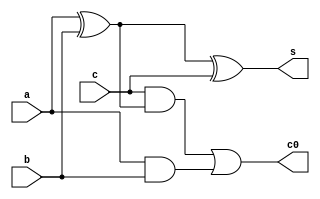
module fa(a,b,c,s,c0);
  input a,b,c;
  output s,c0;
  wire s1,a1,a2;
  xor xor1(s1,a,b);
  xor xor2(s,s1,c);
  and and1(a1,c,s1);
  and and2(a2,a,b);
  or or1(c0,a1,a2);
endmodule